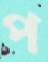
প